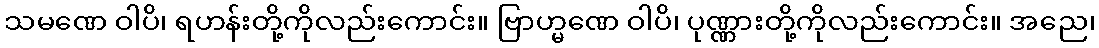
သမဏေ ဝါပိ၊ ရဟန်းတို့ကိုလည်းကောင်း။ ဗြာဟ္မဏေ ဝါပိ၊ ပုဏ္ဏားတို့ကိုလည်းကောင်း။ အညေ၊